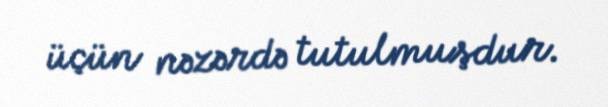
üçün nəzərdə tutulmuşdur.